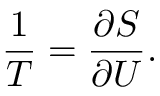
{ \frac { 1 } { T } } = { \frac { \partial S } { \partial U } } .